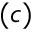
( c )